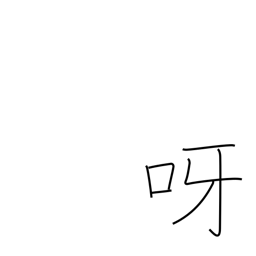
Meaning: bare one's teeth